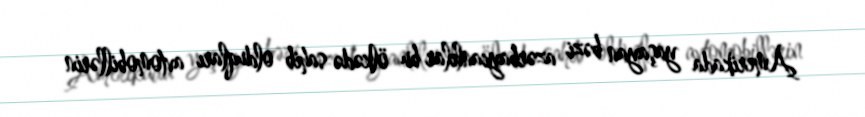
Amerikada yaşayan bəzi azərbaycanlılar bu ölkədə sahib olduqları avtomobillərin